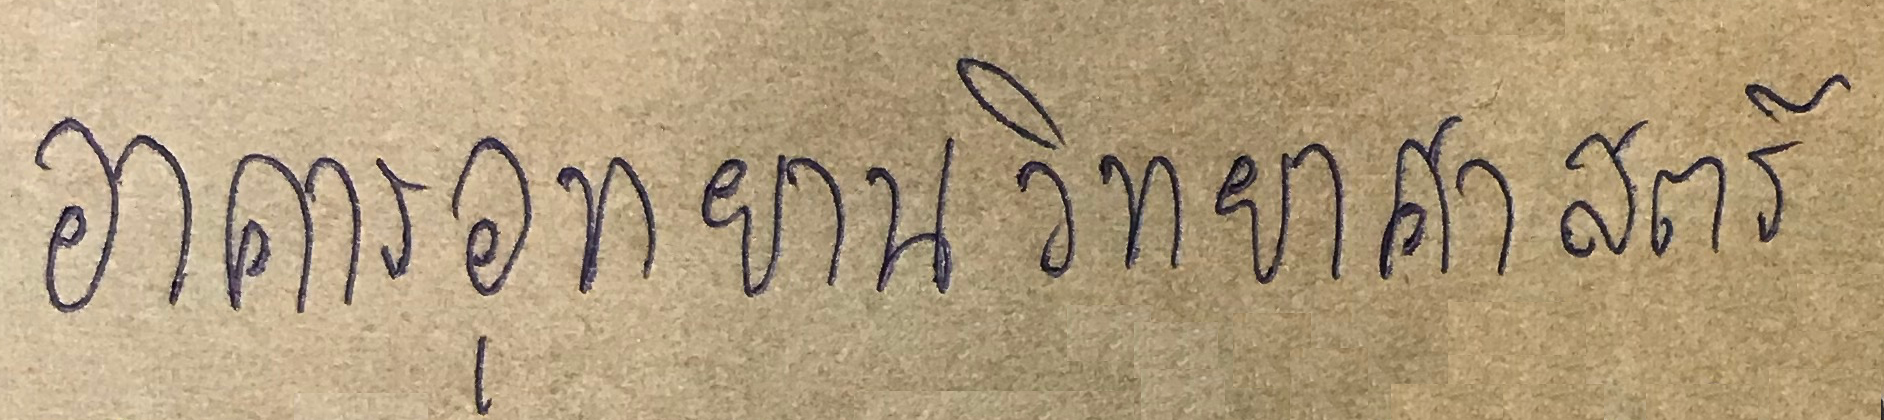
อาคารอุทยานวิทยาศาสตร์